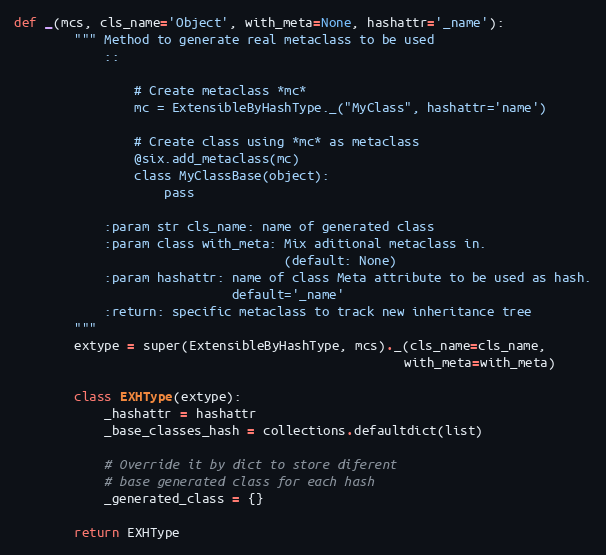
Language: Python
def _(mcs, cls_name='Object', with_meta=None, hashattr='_name'):
        """ Method to generate real metaclass to be used
            ::

                # Create metaclass *mc*
                mc = ExtensibleByHashType._("MyClass", hashattr='name')

                # Create class using *mc* as metaclass
                @six.add_metaclass(mc)
                class MyClassBase(object):
                    pass

            :param str cls_name: name of generated class
            :param class with_meta: Mix aditional metaclass in.
                                    (default: None)
            :param hashattr: name of class Meta attribute to be used as hash.
                             default='_name'
            :return: specific metaclass to track new inheritance tree
        """
        extype = super(ExtensibleByHashType, mcs)._(cls_name=cls_name,
                                                    with_meta=with_meta)

        class EXHType(extype):
            _hashattr = hashattr
            _base_classes_hash = collections.defaultdict(list)

            # Override it by dict to store diferent
            # base generated class for each hash
            _generated_class = {}

        return EXHType